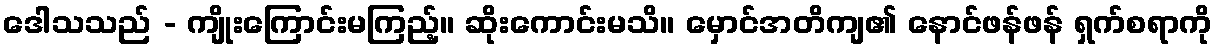
ဒေါသသည် - ကျိုးကြောင်းမကြည့်။ ဆိုးကောင်းမသိ။ မှောင်အတိကျ၏ နောင်ဖန်ဖန် ရှက်စရာကို